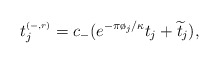
\begin{align*}t^{\scriptscriptstyle(-,r)}_j=c_{-}(e^{-\pi\o_j/\kappa}t_j+\widetilde{t}_j),\end{align*}